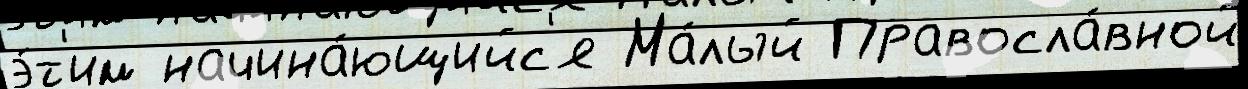
э́т'им начина́ющийс'я Ма́лый Правосла́вной